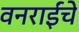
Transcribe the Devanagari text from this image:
वनराईंचे